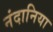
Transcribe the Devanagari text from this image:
नंदानिया